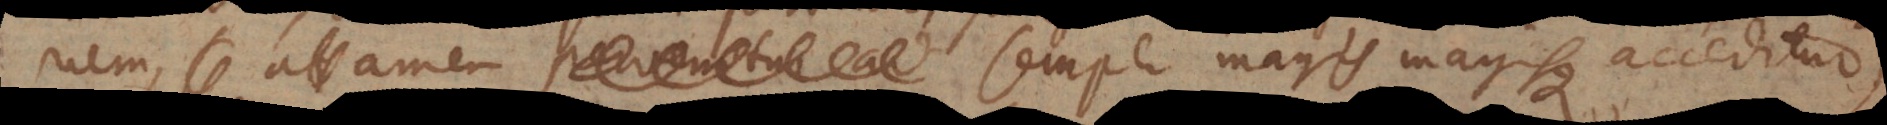
pervenitur ad semper magis magisque acceditur,